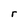
Character: r